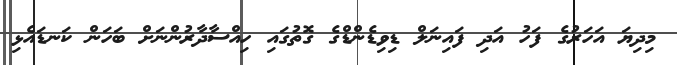
މިދިޔަ އަހަރުގެ ފަހު އަދި ފައިނަލް ޑިވިޑެންޑްގެ ގޮތުގައި ހިއްސާދާރުންނަށް ބަހަން ކަނޑައެޅި